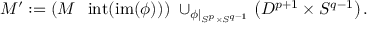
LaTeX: M ^ { \prime } : = \left( M \setminus \operatorname { i n t } ( \operatorname { i m } ( \phi ) ) \right) \; \cup _ { \phi | _ { S ^ { p } \times S ^ { q - 1 } } } \left( D ^ { p + 1 } \times S ^ { q - 1 } \right) .